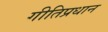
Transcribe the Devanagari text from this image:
गीतिप्रधान